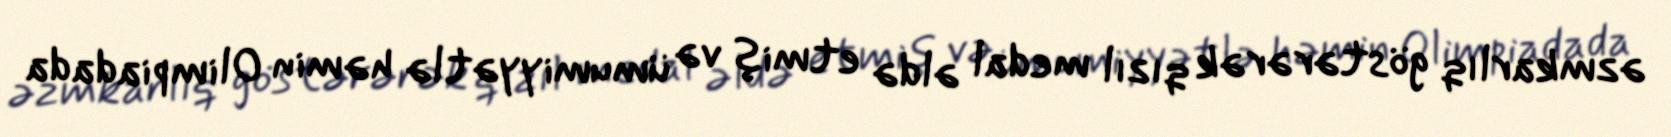
əzmkarlıq göstərərək qızıl medal əldə etmiş və ümumiyyətlə həmin Olimpiadada